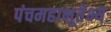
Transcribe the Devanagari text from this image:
पंचमहाभूतेभ्यः